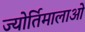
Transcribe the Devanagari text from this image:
ज्योर्तिमालाओं